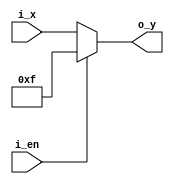
`timescale 1ns / 1ps



module TriBuffer(
    input [3:0] i_x,
    input i_en,
    output [3:0] o_y
    );

    assign o_y = (i_en == 1'b1) ? 4'b1111 : i_x; // z high 
endmodule